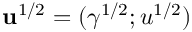
\mathbf { u } ^ { 1 / 2 } = ( \gamma ^ { 1 / 2 } ; u ^ { 1 / 2 } )